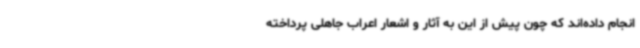
انجام داده‌اند که چون پیش از این به آثار و اشعار اعراب جاهلی پرداخته